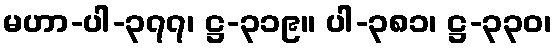
မဟာ-ပါ-၃၇၇၊ ဋ္ဌ-၃၁၉။ ပါ-၃၈၁၊ ဋ္ဌ-၃၃၀၊